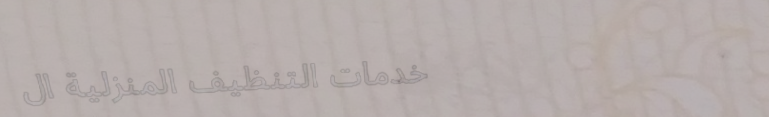
خدمات التنظيف المنزلية ال